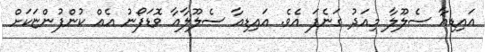
އައިޑިއާ ސެލޫލާ މިއަދު ގަނެފަ އެވެ. އައިޑިއާ ސެލޫލާއާ ވޮޑަފޯނު އެއް ކުންފުންޏަކަށް